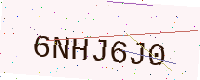
Text: 6NHJ6J0